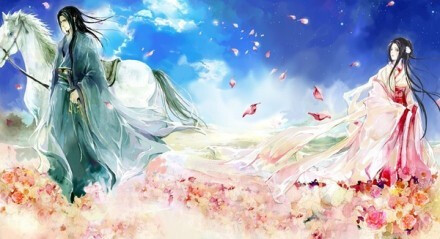
数声风笛离亭晚，君向潇湘我向秦。